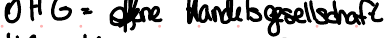
OHG = offene Handelsgesellschaft